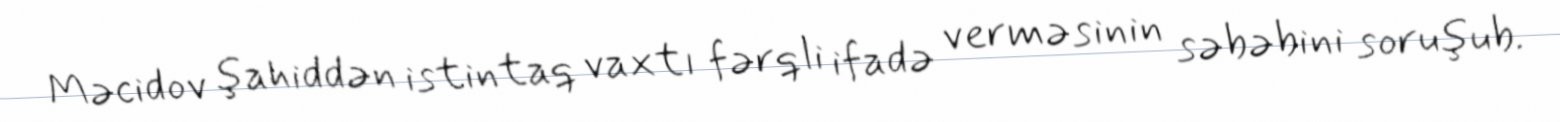
Məcidov şahiddən istintaq vaxtı fərqli ifadə verməsinin səbəbini soruşub.